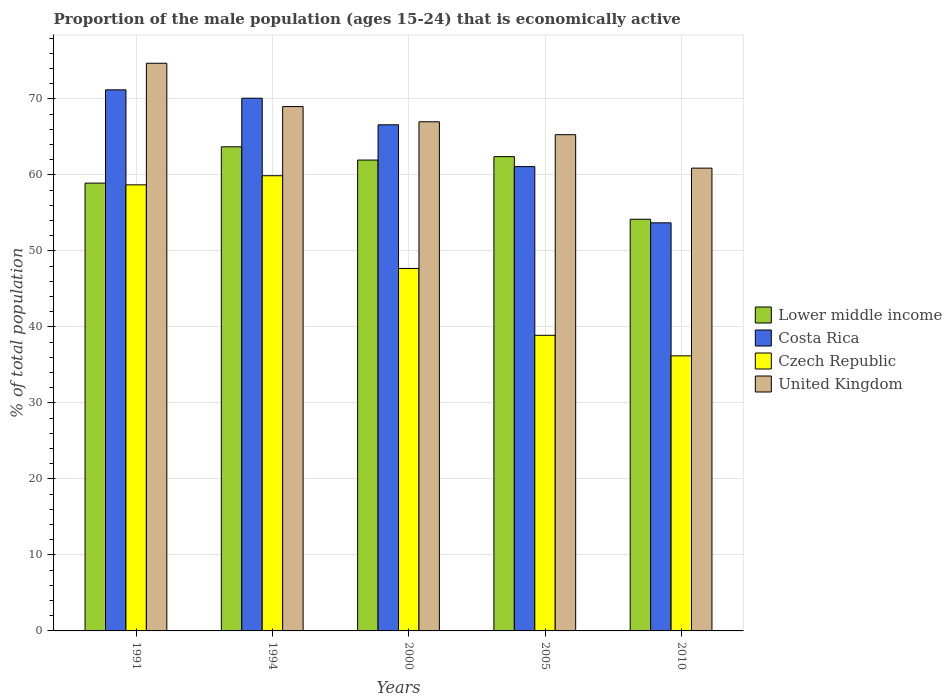
| Years | Lower middle income | Costa Rica | Czech Republic | United Kingdom |
 | --- | --- | --- | --- | --- |
 | 1991 | 58.9 | 71.2 | 58.7 | 74.7 |
 | 1994 | 63.7 | 70.1 | 59.9 | 69 |
 | 2000 | 62 | 66.6 | 47.7 | 67 |
 | 2005 | 62.4 | 61.1 | 38.9 | 65.3 |
 | 2010 | 54.2 | 53.7 | 36.2 | 60.9 |